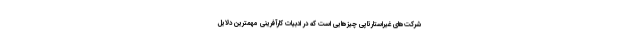
شرکت‌های غیراستارتاپی چیزهایی است که در ادبیات کارآفرینی مهمترین دلایل